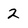
Character: 2